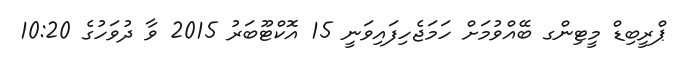
ޕްރީބިޑް މީޓިންގ ބޭއްވުމަށް ހަމަޖެހިފައިވަނީ 15 އޮކްޓޫބަރު 2015 ވާ ދުވަހުގެ 10:20